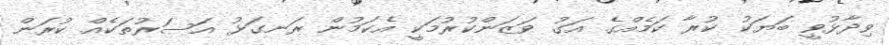
ވިދާޅުވީ ބަޔަކު ކުރާ ކަމެއްގެ އަގު ވަޒަންކުރުމަކީ އެކަމުން ރަނގަޅު އަސަރުތަކެއް ކުރަން